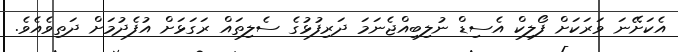
އެކަށޭނަ ވަރަކަށް ފޯލިކް އެސިޑް ނުލިބިއްޖެނަމަ ދަރިފުޅުގެ ސެލިތައް ރަގަޅަށް އުފެދުމަށް ދަތިވެއެވެ.